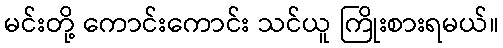
မင်းတို့ ကောင်းကောင်း သင်ယူ ကြိုးစားရမယ်။